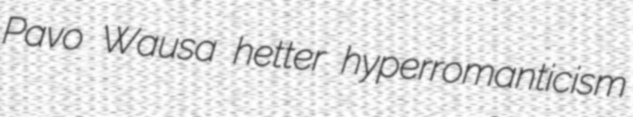
Pavo Wausa hetter hyperromanticism